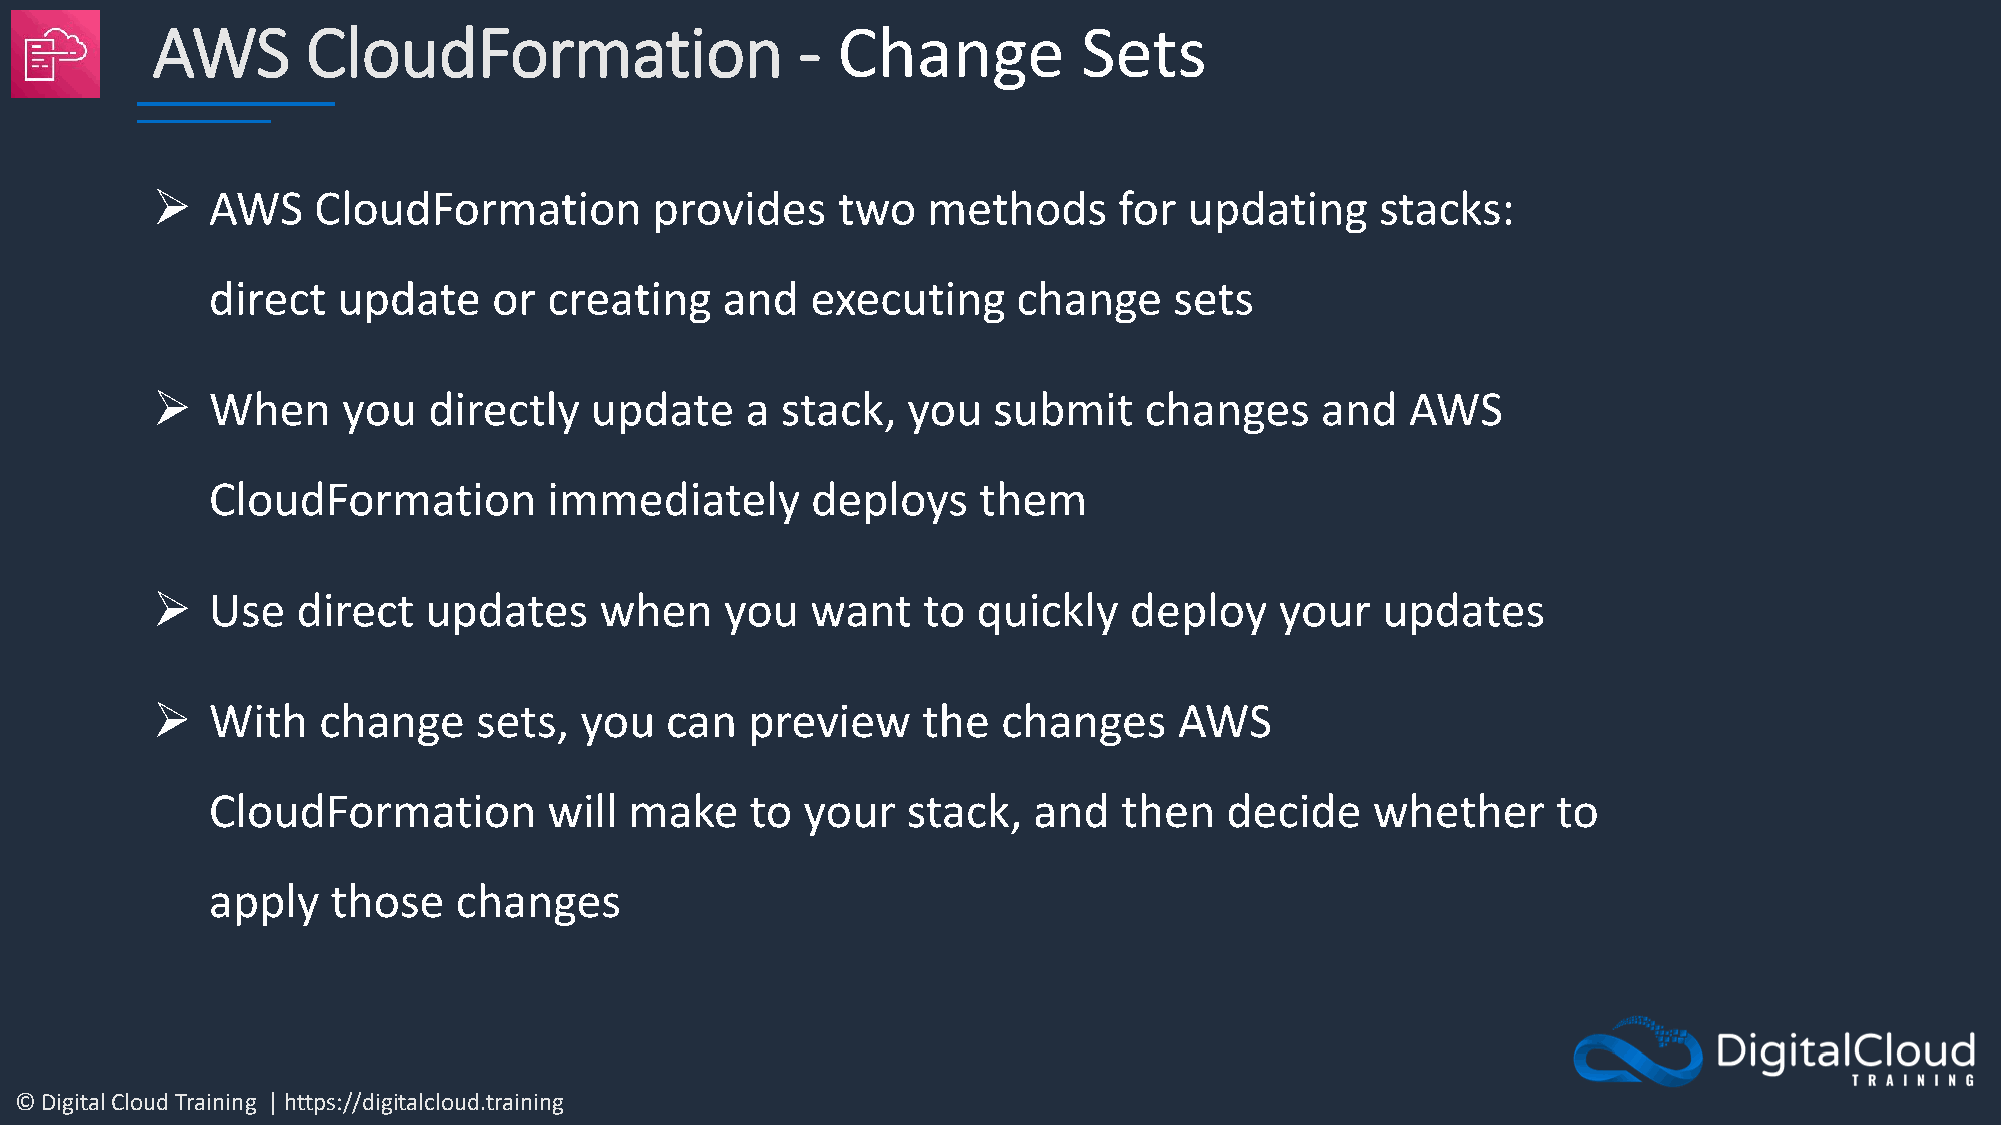
AWS       CloudFormation                   - Change           Sets
 ➢   AWS    CloudFormation        provides    two   methods      for  updating    stacks:
 direct  update     or creating    and   executing    change     sets
 ➢   When     you  directly   update    a  stack,  you   submit    changes    and   AWS
 CloudFormation        immediately       deploys    them
 ➢   Use   direct  updates     when    you   want   to  quickly   deploy    your  updates
 ➢   With   change     sets, you   can   preview    the  changes     AWS
 CloudFormation        will  make    to your   stack,  and   then   decide    whether     to
 apply   those   changes
 © Digital Cloud Training | https://digitalcloud.training